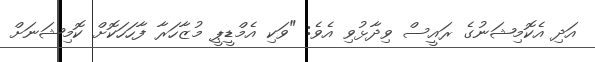
އަދި އެކޮމިޝަނުގެ ރައީސް ވިދާޅުވި އެވެ: "ވަކި އެމްޑީޕީ މުޒާހަރާ ފާހަހަކޮށް ކޮމިޝަނަށް